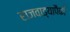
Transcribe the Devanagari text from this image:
राजवाड्यापैकी